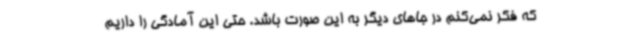
که فکر نمی‌کنم در جاهای دیگر به این صورت باشد. حتی این آمادگی را داریم